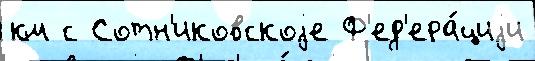
км с Сотн'иковскоjе Ф'ед'ера́циjи